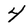
Character: 4